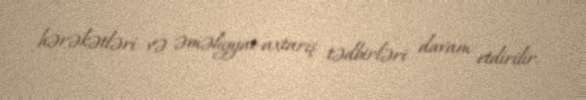
hərəkətləri və əməliyyat-axtarış tədbirləri davam etdirilir.